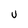
Character: U